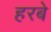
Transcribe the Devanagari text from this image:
हरबे